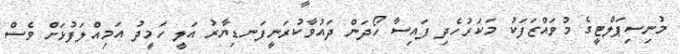
މުނިސިޕަލްޓީގެ މުވައްޒަފަކު މަކަރުހެދި ފައިސާ ހޯދަން ދައުވާކުރަނީފަނޑިޔާރު އަލީ ހަމީދު އަމިއްލަފުޅަށް ވެސް